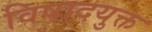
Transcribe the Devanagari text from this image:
विषादयुक्त